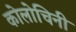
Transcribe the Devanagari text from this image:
कोलोचिनी